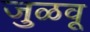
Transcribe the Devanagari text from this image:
जुळवू